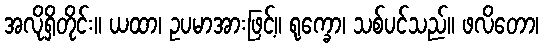
အလိုရှိတိုင်း။ ယထာ၊ ဥပမာအားဖြင့်။ ရုက္ခော၊ သစ်ပင်သည်။ ဖလိတော၊